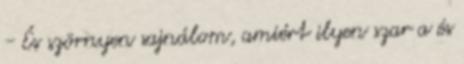
- És szörnyen sajnálom, amiért ilyen szar a és